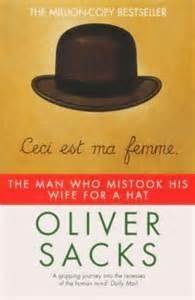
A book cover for Man Who MIstook His Wife for a Hat; Oliver Sacks; Health, Fitness & Dieting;